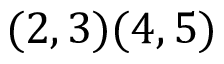
( 2 , 3 ) ( 4 , 5 )